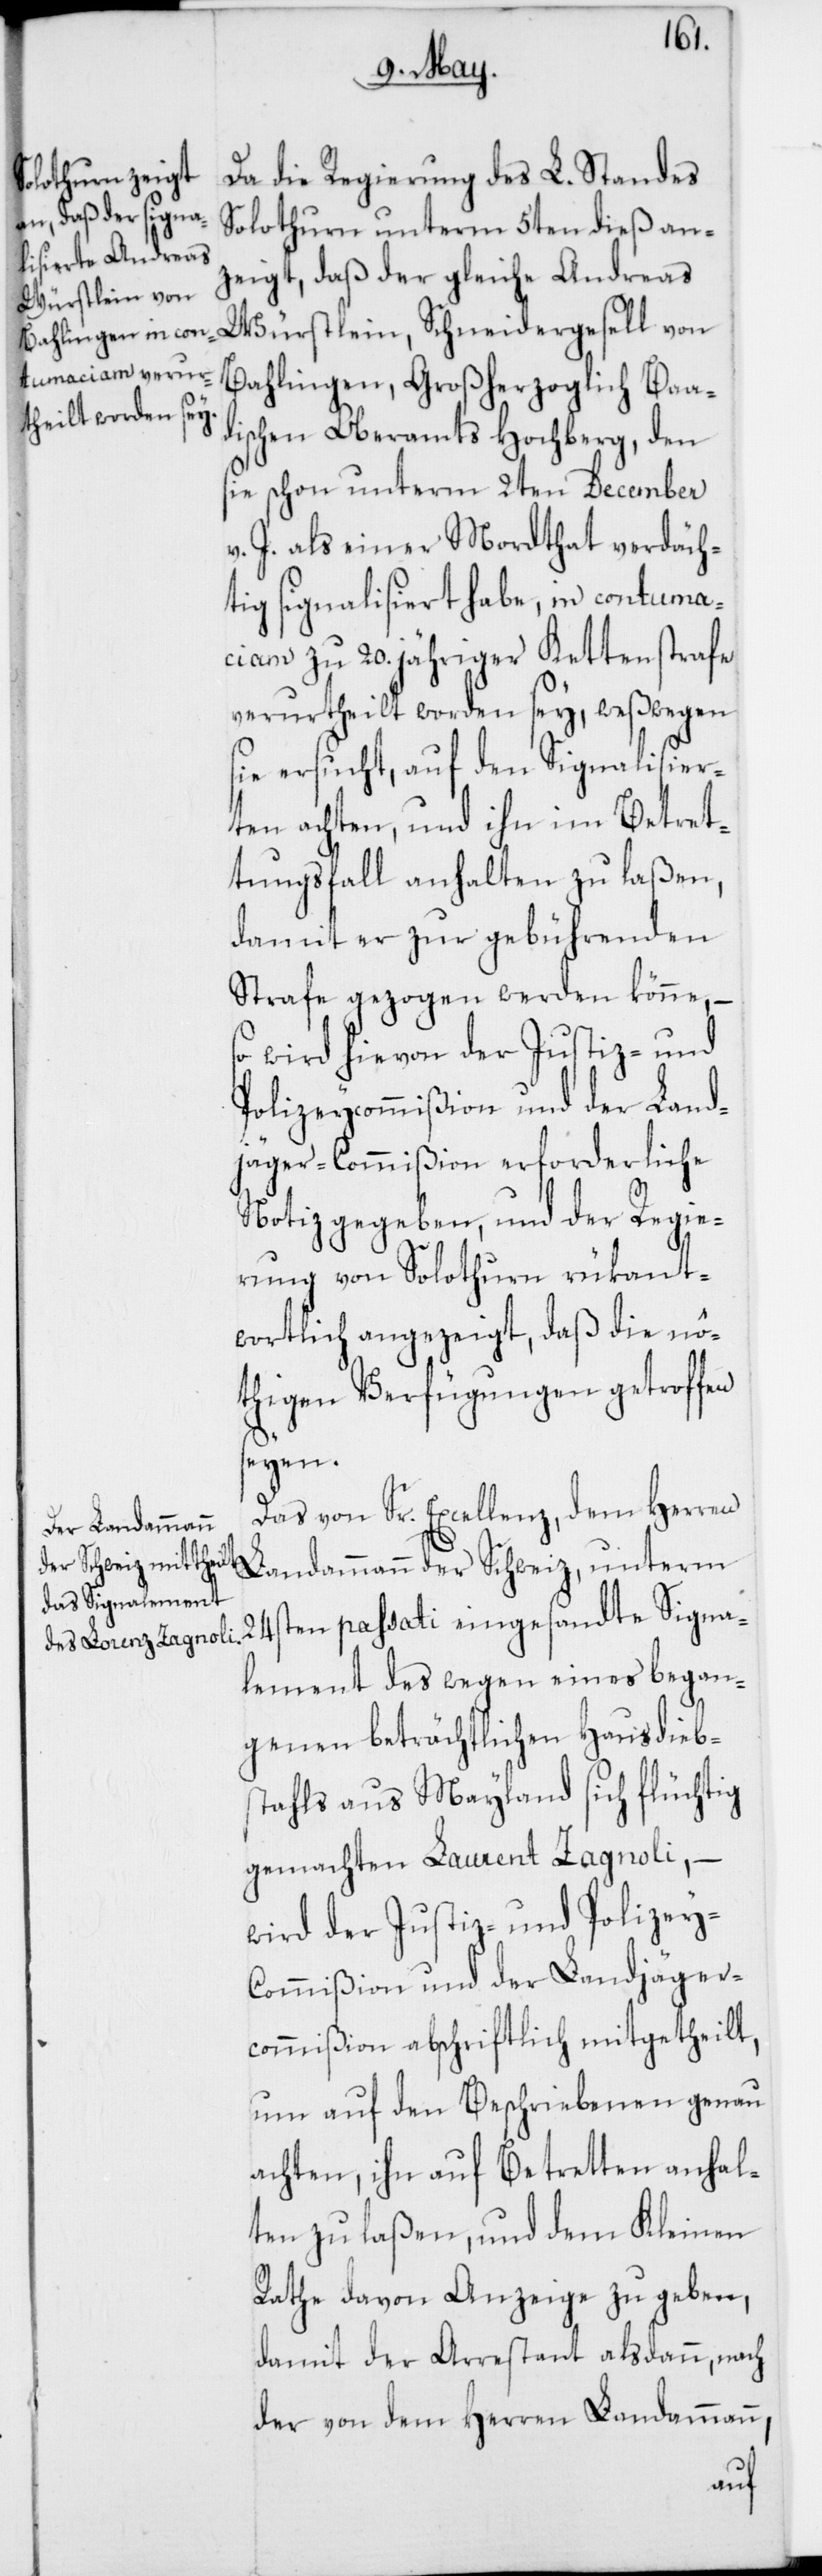
Da die Regierung des L. Standes
Solothurn unterm 5ten dieß an¬
zeigt, daß der gleiche Andreas
Würstlein, Schneidergesell von
Bahlingen, Großherzoglich Baa¬
dischen Oberamts Hochberg, den
sie schon unterm 2ten December
v. J. als einer Mordthat verdäch¬
tig signalisiert habe, in contuma¬
ciam zu 20. jähriger Kettenstrafe
verurtheilt worden sey, weßwegen
sie ersucht, auf den Signalisier¬
ten achten, und ihn im Betret¬
tungsfall anhalten zu laßen,
damit er zur gebührenden
Strafe gezogen werden könne, –
so wird hievon der Justiz- und
Polizeycommißion und der Land¬
jäger-Commißion erforderliche
Notiz gegeben, und der Regie¬
rung von Solothurn rükant¬
wortlich angezeigt, daß die nö¬
thigen Verfügungen getroffen
seyen.
Das von Sr. Excellenz, dem Herr¬
en Landammann
24sten passati eingesandte Signa¬
lement des wegen eines began¬
genen beträchtlichen Hausdiebs¬
tahls aus Mayland sich flüchtig
gemachten Laurenz Zagnoli, –
wird der Justiz- und Polizey-C¬
ommißion und der Landjäger¬
commißion abschriftlich mitgetheilt,
um auf den Beschriebenen genau
achten, ihn auf Betretten anhal¬
ten zu laßen, und dem Kleinen
Rathe davon Anzeige zu geben,
damit der Arrestant alsdann, nach
der von dem Herren Landammann,